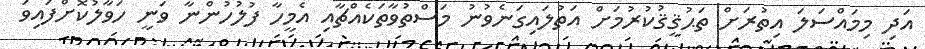
އަދި މިމައްސަލަ އިތުރަށް ތަޙުޤީޤުކުރުމަށް އަތުލައިގަނެވުނު މަސްތުވާތަކެއްޗާއި އެމީހާ ފުލުހުންނާ ވަނީ ހަވާލުކޮށްފައިވަ